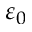
\varepsilon _ { 0 }